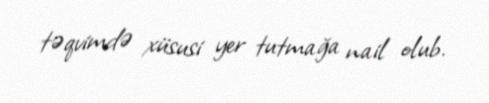
təqvimdə xüsusi yer tutmağa nail olub.